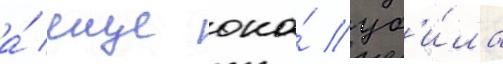
а́ еще она́ уб'и́ла